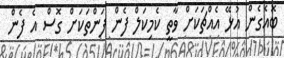
ބޮއެގެން އުޅޭ އެއްޗަކަށް ވާތީ ކެމިކަލް ފެން ފަންތަކަށް ގޮސް އެ ފެން